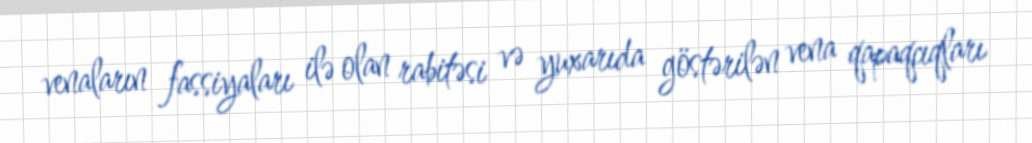
venaların fassiyaları ilə olan rabitəsi və yuxarıda göstərilən vena qapaqcıqları